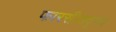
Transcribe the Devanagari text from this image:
फारसीसदृश्य